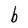
Character: b